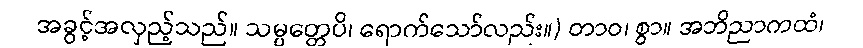
အခွင့်အလှည့်သည်။ သမ္ပတ္တေပိ၊ ရောက်သော်လည်း။) တာဝ၊ စွာ။ အဘိညာကထံ၊